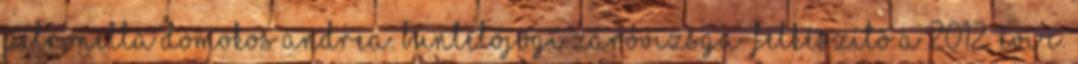
Petronella Domokos Andrea. Büntetőjogi Záróvizsga-felkészítő a 2012. évi C.